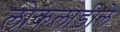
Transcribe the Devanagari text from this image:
लोकलाडीले